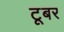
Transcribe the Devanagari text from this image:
टूबर